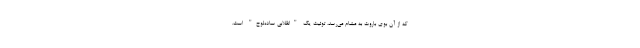
که از آن بوی باروت به مشام می‌رسد، توئیت یک "انقلابیِ ساده‌لوح" است.